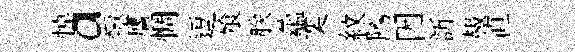
悼a輙譍惆逗飱朕蘊奕紋隲因訢赧直